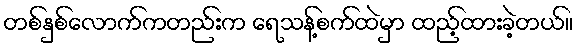
တစ်နှစ်လောက်ကတည်းက ရေသန့်စက်ထဲမှာ ထည့်ထားခဲ့တယ်။